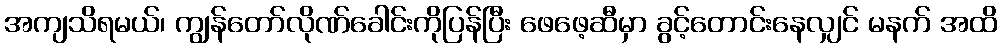
အကျသိရမယ်၊ ကျွန်တော်လိုဏ်ခေါင်းကိုပြန်ပြီး ဖေဖေ့ဆီမှာ ခွင့်တောင်းနေလျှင် မနက် အထိ